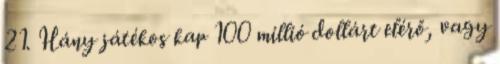
21. Hány játékos kap 100 millió dollárt elérő, vagy